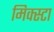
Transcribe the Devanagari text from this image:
मिक्स्टा